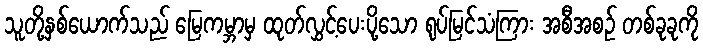
သူတို့နှစ်ယောက်သည် မြေကမ္ဘာမှ ထုတ်လွှင့်ပေးပို့သော ရုပ်မြင်သံကြား အစီအစဉ် တစ်ခုခုကို